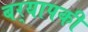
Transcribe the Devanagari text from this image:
बर्‍यापकी